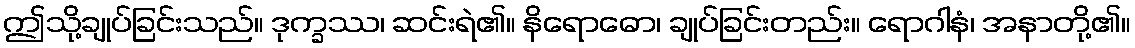
ဤသို့ချုပ်ခြင်းသည်။ ဒုက္ခဿ၊ ဆင်းရဲ၏။ နိရောဓော၊ ချုပ်ခြင်းတည်း။ ရောဂါနံ၊ အနာတို့၏။